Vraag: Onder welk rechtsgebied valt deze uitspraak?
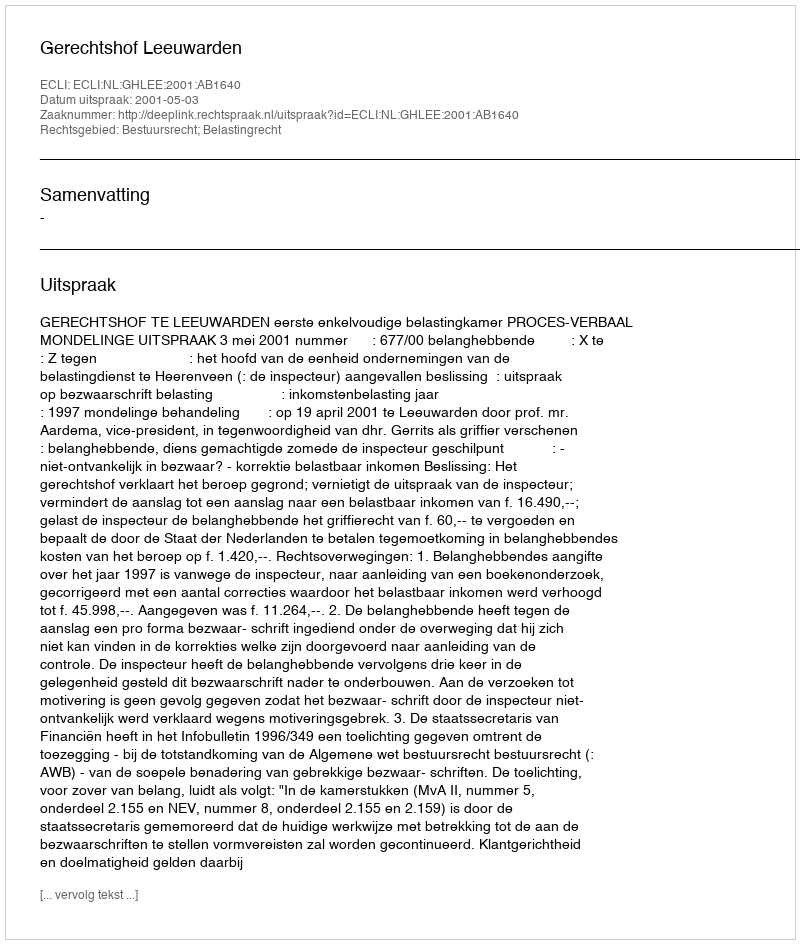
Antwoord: Bestuursrecht; Belastingrecht